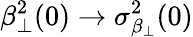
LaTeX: \beta_{\perp}^{2}(0)\rightarrow\sigma_{\beta_{\perp}}^{2}(0)